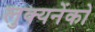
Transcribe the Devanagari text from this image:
लुक्यनेंको